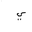
Letter: _ya